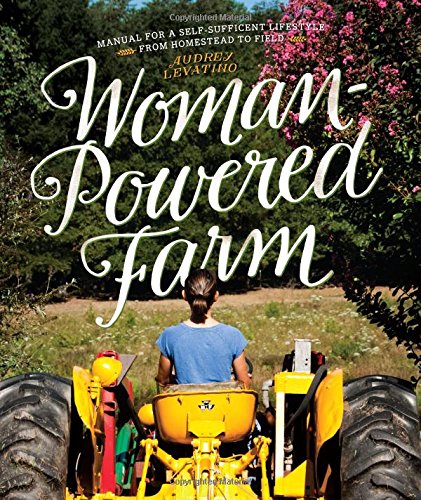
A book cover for Woman-Powered Farm: Manual for a Self-Sufficient Lifestyle from Homestead to Field; Audrey Levatino; Crafts, Hobbies & Home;